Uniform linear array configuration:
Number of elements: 48
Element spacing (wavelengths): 0.75
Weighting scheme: blackman
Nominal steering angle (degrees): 30
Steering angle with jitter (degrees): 30.173
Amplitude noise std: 0.05
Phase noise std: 0.05

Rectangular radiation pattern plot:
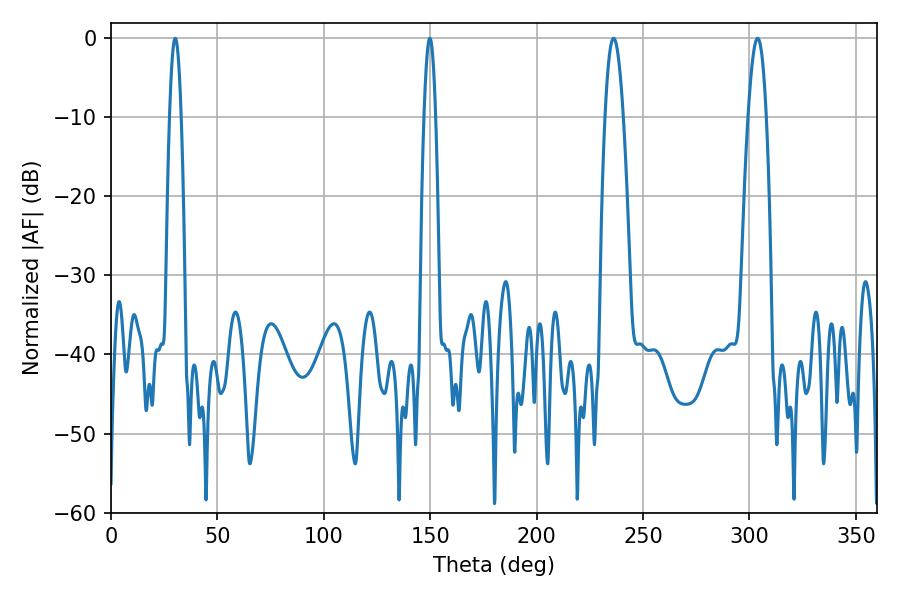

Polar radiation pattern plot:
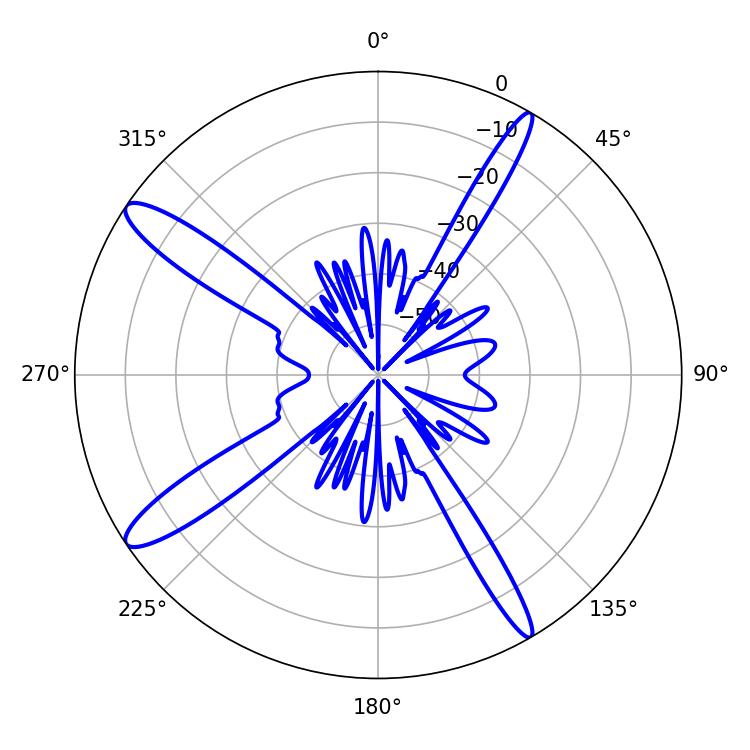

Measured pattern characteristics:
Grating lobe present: TRUE
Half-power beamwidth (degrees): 4.68
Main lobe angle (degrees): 236.16